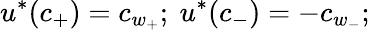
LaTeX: u^{*}(c_{+})=c_{w_{+}};\ u^{*}(c_{-})=-c_{w_{-}};